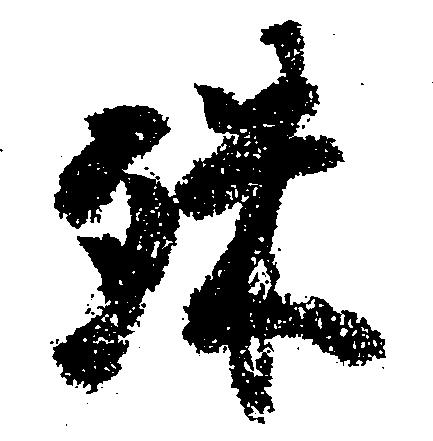
殊